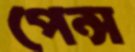
পেন্স